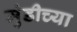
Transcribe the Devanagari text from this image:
मुंडीच्या